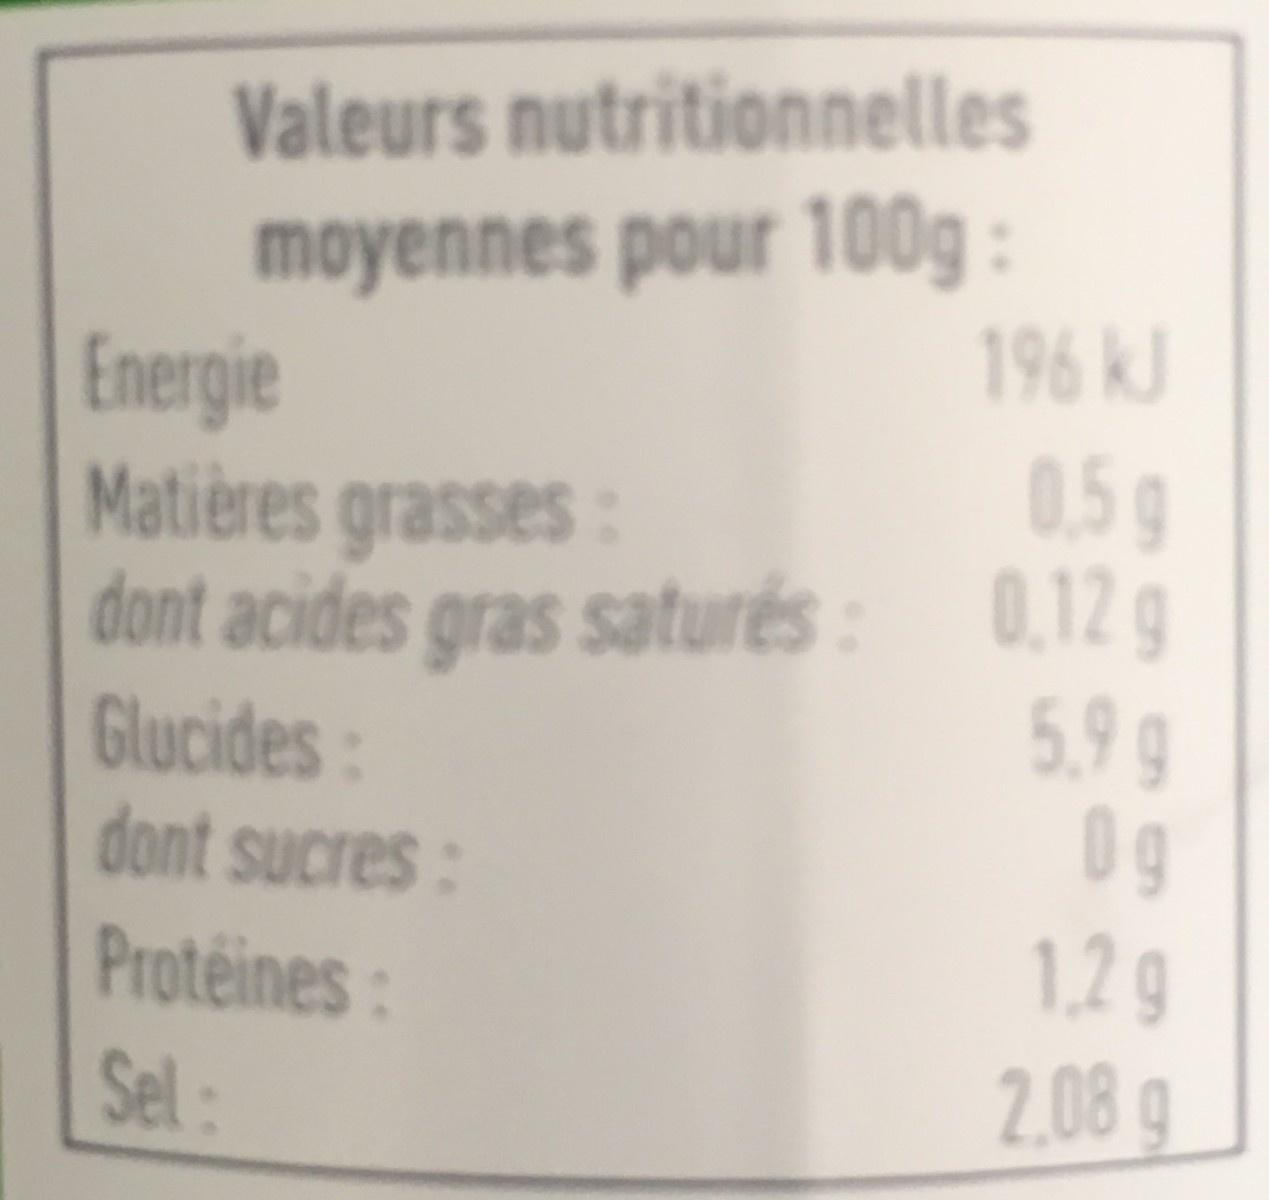
Valeurs nutritionnelles moyennes pour 100g:
Energie
Matières grasses: dont acides gras saturés:
Glucides:
dont sucres:
Protéines:
Sel:
196 kJ
0,5 g
0,12 g
5.9 g
Og
1,2 g
2,08 g